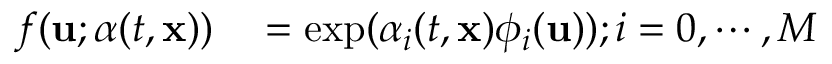
\begin{array} { r l } { f ( \mathbf { u } ; \boldsymbol { \alpha } ( t , \mathbf { x } ) ) } & { { } = \exp ( \alpha _ { i } ( t , \mathbf { x } ) \phi _ { i } ( \mathbf { u } ) ) ; i = 0 , \cdots , M } \end{array}